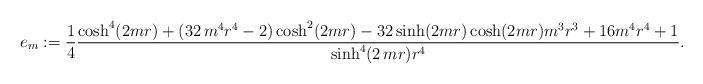
LaTeX: \begin{align*}e_m :=\frac{1}{4} \frac { \cosh^4 ( 2mr ) + ( 32\,{m}^{4}{r}^{4}-2 ) \cosh^2( 2mr ) -32 \sinh(2mr) \cosh ( 2mr) m^3r^3 + 16m^4 r^4+1}{\sinh^4( 2\,mr )r^4 } .\end{align*}